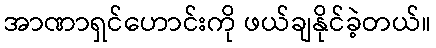
အာဏာရှင်ဟောင်းကို ဖယ်ချနိုင်ခဲ့တယ်။